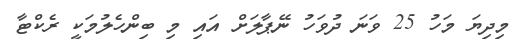
މިދިޔަ މަހު 25 ވަނަ ދުވަހު ނޭޕާލަށް އައި މި ބިންހެލުމަކީ ރެކްޓާ